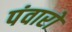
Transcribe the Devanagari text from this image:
पंवारो